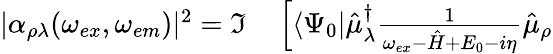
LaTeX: \begin{array}{rl}{|\alpha_{\rho\lambda}(\omega_{ex},\omega_{em})|^{2}=\Im}&{{}\left[\langle\Psi_{0}|\hat{\mu}_{\lambda}^{\dagger}\frac{1}{\omega_{ex}-\hat{H}+E_{0}-i\eta}\hat{\mu}_{\rho}\right.}\end{array}